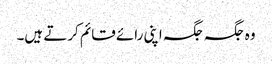
وہ جگہ جگہ اپنی رائے قائم کرتے ہیں۔